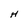
Character: H